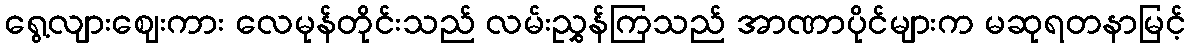
ရွေ့လျားဈေးကား လေမုန်တိုင်းသည် လမ်းညွှန်ကြသည် အာဏာပိုင်များက မဆုရတနာမြင့်